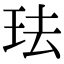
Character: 珐